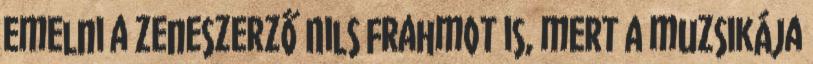
emelni a zeneszerző Nils Frahmot is, mert a muzsikája